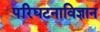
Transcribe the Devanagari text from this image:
परिघटनाविज्ञान